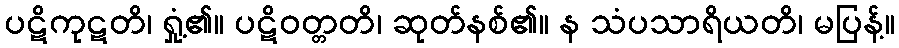
ပဋိကုဋတိ၊ ရှုံ့၏။ ပဋိဝတ္တတိ၊ ဆုတ်နစ်၏။ န သံပသာရိယတိ၊ မပြန့်။